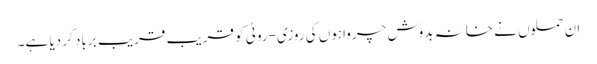
ان حملوں نے خانہ بدوش چرواہوں کی روزی-روٹی کو قریب قریب برباد کر دیا ہے۔